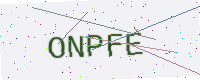
Text: ONPFE